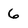
Character: 6